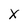
Character: X